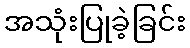
အသုံးပြုခဲ့ခြင်း